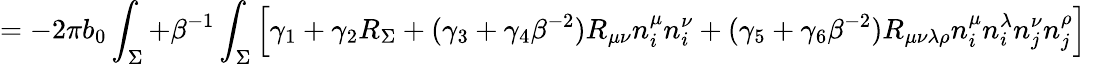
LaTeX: =-2\pi b_{0}\int_{\Sigma}+\beta^{-1}\int_{\Sigma}\left[\gamma_{1}+\gamma_{2}R_{\Sigma}+(\gamma_{3}+\gamma_{4}\beta^{-2})R_{\mu\nu}n_{i}^{\mu}n_{i}^{\nu}+(\gamma_{5}+\gamma_{6}\beta^{-2})R_{\mu\nu\lambda\rho}n_{i}^{\mu}n_{i}^{\lambda}n_{j}^{\nu}n_{j}^{\rho}\right]~~~